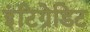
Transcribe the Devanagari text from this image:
इंटिग्रेडिट